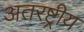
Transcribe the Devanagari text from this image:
अतरष्ट्रीय